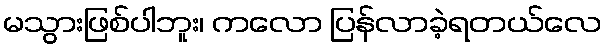
မသွားဖြစ်ပါဘူး၊ ကလော ပြန်လာခဲ့ရတယ်လေ